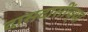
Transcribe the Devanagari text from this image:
दासदासींच्या